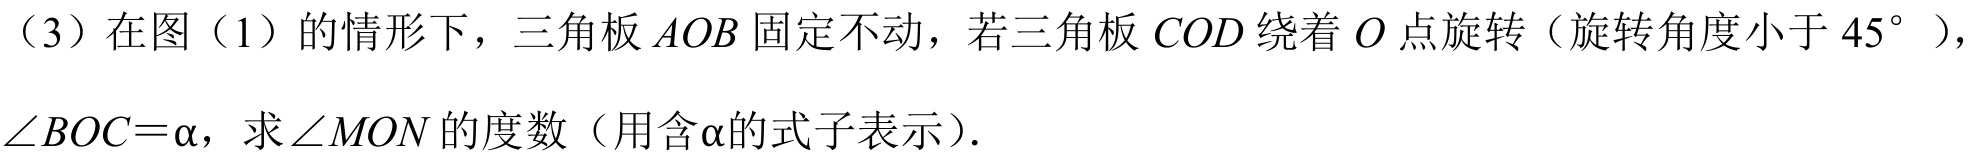
(3)在图(1)的情形下，三角板$AOB$固定不动，若三角板$COD$绕着$O$点旋转（旋转角度小于$45^{\circ}$），
$\angle BOC = \alpha$，求$\angle MON$的度数（用含$\alpha$的式子表示）.